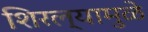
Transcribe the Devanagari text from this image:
शिरल्यामुळे